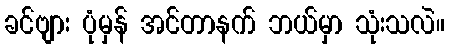
ခင်ဗျား ပုံမှန် အင်တာနက် ဘယ်မှာ သုံးသလဲ။